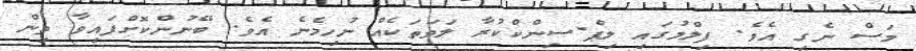
މަސް ނެގި އެވެ. ފިލްމުގައި ލިޕް-ސިންކްކުރާ ލަވަތަކެއް ނުހިމެނެ އެވެ. ބޭނުންކޮށްފައިވާ ތިން